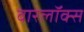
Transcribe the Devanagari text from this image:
वारलॉक्स